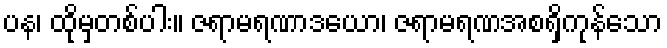
ပန၊ ထိုမှတစ်ပါး။ ဇရာမရဏာဒယော၊ ဇရာမရဏအစရှိကုန်သော